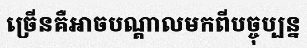
ច្រើនគឺអាចបណ្តាលមកពីបច្ចុប្បន្ន